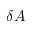
\delta A